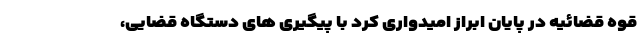
قوه قضائیه در پایان ابراز امیدواری کرد با پیگیری های دستگاه قضایی،